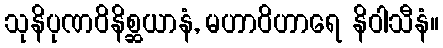
သုနိပုဏဝိနိစ္ဆယာနံ, မဟာဝိဟာရေ နိဝါသီနံ။